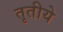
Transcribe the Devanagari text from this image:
तृतीये